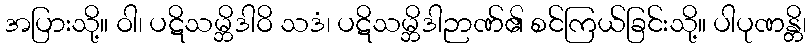
အပြားသို့။ ဝါ၊ ပဋိသမ္ဘိဒါဝိ သဒံ၊ ပဋိသမ္ဘိဒါဉာဏ်၏ စင်ကြယ်ခြင်းသို့။ ပါပုဏန္တိ၊